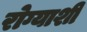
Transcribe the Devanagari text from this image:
रोग्याशी